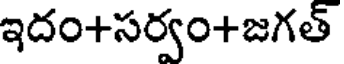
ఇదం+సర్వం+జగత్